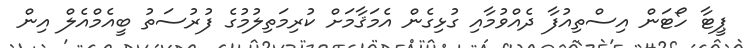
ޕީޓާ ހޯޓަން އިސްތިއުފާ ދެއްވުމާއި ގުޅިގެން އެމަޤާމަށް ކުރިމަތިލުމުގެ ފުރުސަތު ބީއެމްއެލް އިން